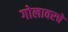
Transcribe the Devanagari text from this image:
गोलावरचे